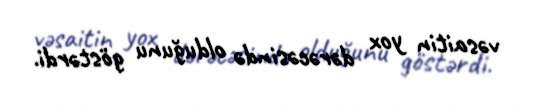
vəsaitin yox dərəcəsində olduğunu göstərdi.